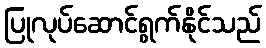
ပြုလုပ်ဆောင်ရွက်နိုင်သည်